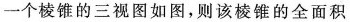
一个棱锥的三视图如图，则该棱锥的全面积